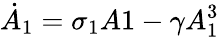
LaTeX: \dot{A}_{1}=\sigma_{1}A1-\gamma A_{1}^{3}